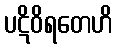
ပဋိဝိရတေဟိ